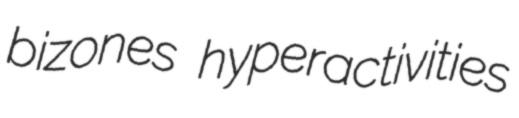
bizones hyperactivities